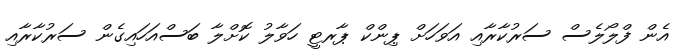
އެން ފްލޯލެސް ސަރުކާރާއި އަވަހަށް ޕިންކް ޕާރޓީ ހަވާލު ކޮށްލާ ބަސްއަހައިގެން ސަރުކާރާއި